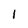
Character: 1